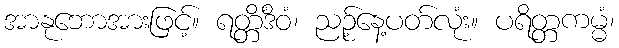
အာနုဘောအားဖြင့်။ ရတ္တိံဒိဝံ၊ ညဉ့်နေ့ပတ်လုံး။ ပရိတ္တကမ္မံ၊